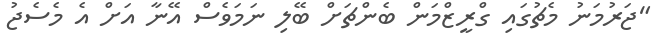
"ޖަރުމަނު މެޗުގައި ގްރީޒްމަން ބެންޗަށް ބޭލި ނަމަވެސް އޭނާ އަށް އެ މެސެޖު